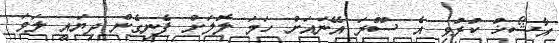
އާޝޯޚު ކުރުވި އެ ސޫރަ އޭނައަށް ހަމަ ލޮލަށް ފެނިގެން ދިޔައީ ލަވަ